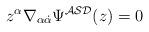
LaTeX: \begin{align*}z^{\alpha}\nabla _{\alpha{\dot \alpha}}\Psi ^{{\cal ASD}}(z)=0\end{align*}